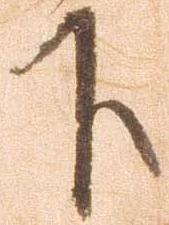
下